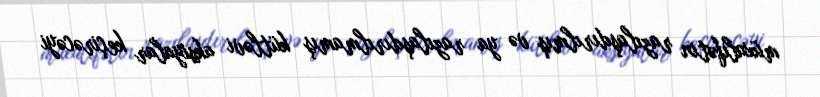
müxalifətin razılaşdırılmış və ya razılaşdırılmamış kütləvi aksiyalar keçirəcəyi